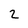
Character: 2